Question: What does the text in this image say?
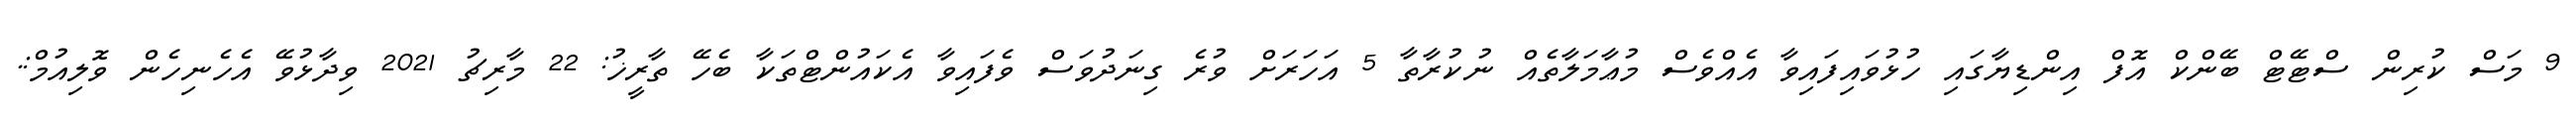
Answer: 9 މަސް ކުރިން ސްޓޭޓް ބޭންކް އޮފް އިންޑިޔާގައި ހުޅުވައިފައިވާ އެއްވެސް މުޢާމަލާތެއް ނުކުރާތާ 5 އަހަރަށް ވުރެ ގިނަދުވަސް ވެފައިވާ އެކައުންޓްތަކާ ބެހޭ ތާރީޚު: 22 މާރިޗު 2021 ވިދާޅުވޭ އެހެނިހެން ވޮލިއުމް:.